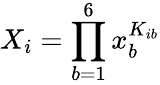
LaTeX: X_{i}=\prod_{b=1}^{6}x_{b}^{K_{ib}}